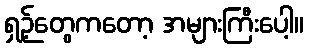
ရှဉ့်တွေကတော့ အများကြီးပေါ့။